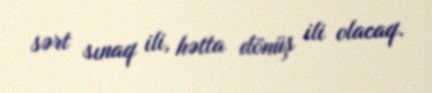
sərt sınaq ili, hətta dönüş ili olacaq.